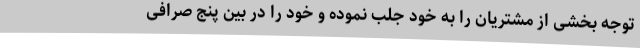
توجه بخشی از مشتریان را به خود جلب نموده و خود را در بین پنج صرافی